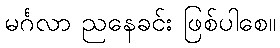
မင်္ဂလာ ညနေခင်း ဖြစ်ပါစေ။